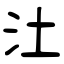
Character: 汢